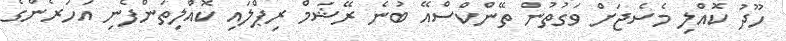
ހޫދު ކޮއްލި މެސެޖަށް ވަގުތުން ތޭންކްސްއޭ ބުނެ ރޭޝަމް ރިޕްލައި ކޮއްލިތަންފެނި އަހަރެންގެ